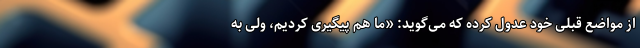
از مواضع قبلی خود عدول کرده که می‌گوید: «ما هم پیگیری کردیم، ولی به